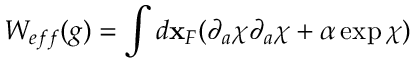
W _ { e f f } ( g ) = \int d { \bf x } _ { F } ( \partial _ { a } \chi \partial _ { a } \chi + \alpha \exp \chi )